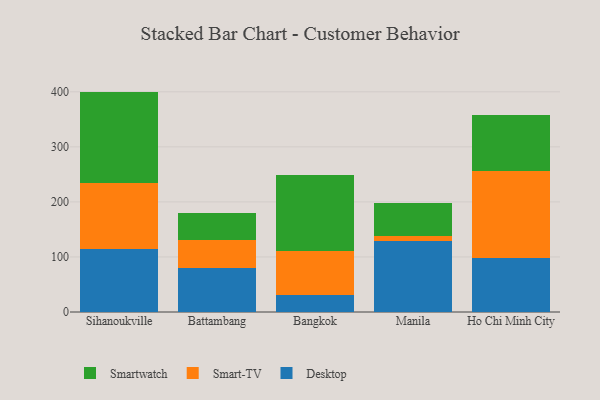
{"axis": {"x": "City", "y": "Backlog"}, "legend": ["Desktop", "Smart-TV", "Smartwatch"], "data": [{"x": "Sihanoukville", "y": 113.6, "type": "Desktop"}, {"x": "Sihanoukville", "y": 120.1, "type": "Smart-TV"}, {"x": "Sihanoukville", "y": 166.7, "type": "Smartwatch"}, {"x": "Battambang", "y": 80.4, "type": "Desktop"}, {"x": "Battambang", "y": 50.0, "type": "Smart-TV"}, {"x": "Battambang", "y": 50.2, "type": "Smartwatch"}, {"x": "Bangkok", "y": 30.9, "type": "Desktop"}, {"x": "Bangkok", "y": 79.5, "type": "Smart-TV"}, {"x": "Bangkok", "y": 138.3, "type": "Smartwatch"}, {"x": "Manila", "y": 129.7, "type": "Desktop"}, {"x": "Manila", "y": 7.9, "type": "Smart-TV"}, {"x": "Manila", "y": 59.8, "type": "Smartwatch"}, {"x": "Ho Chi Minh City", "y": 98.4, "type": "Desktop"}, {"x": "Ho Chi Minh City", "y": 157.5, "type": "Smart-TV"}, {"x": "Ho Chi Minh City", "y": 102.8, "type": "Smartwatch"}]}